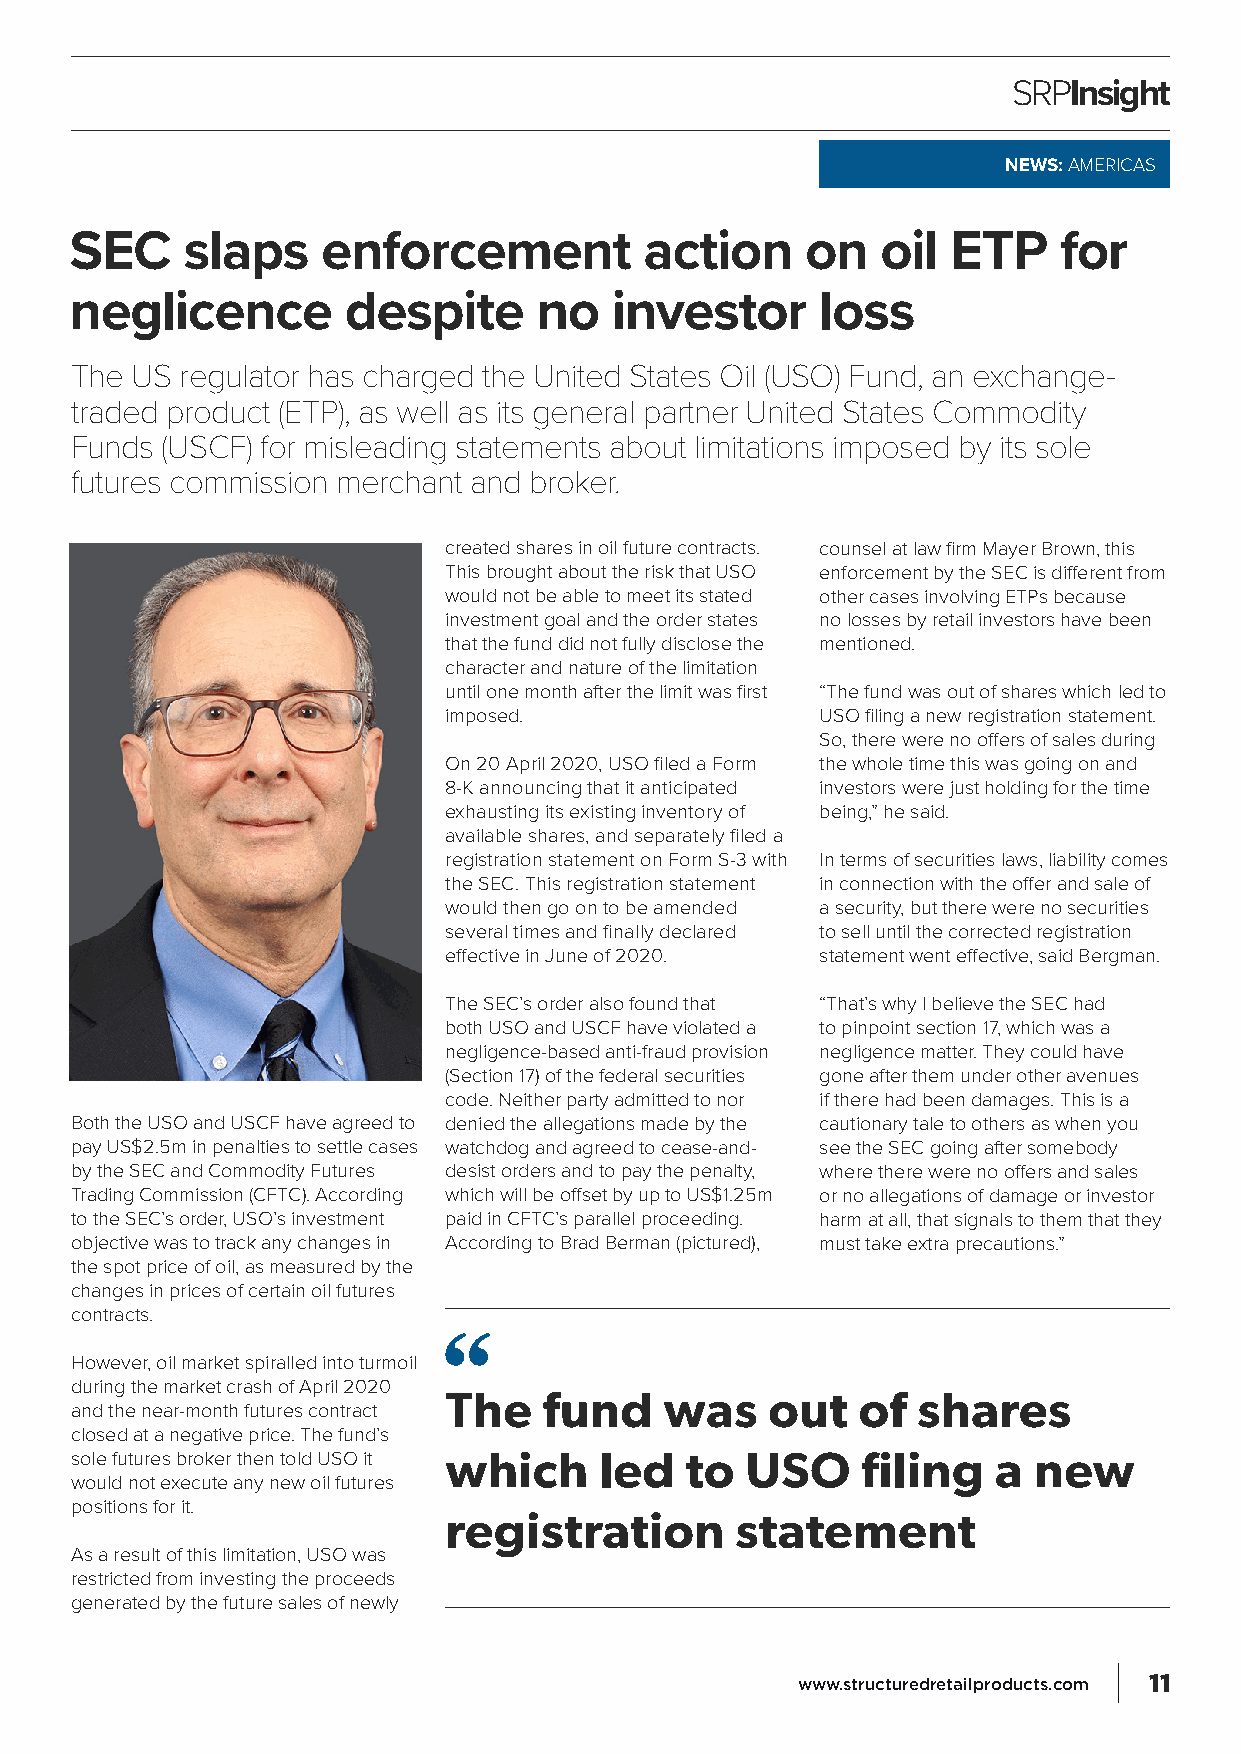
SRPInsight
 NEWS: AMERICAS
 SEC    slaps    enforcement           action    on   oil  ETP    for
 neglicence        despite      no  investor      loss
 The US regulator has charged the United States Oil (USO) Fund, an exchange-
 traded product (ETP), as well as its general partner United States Commodity
 Funds (USCF) for misleading statements about limitations imposed by its sole
 futures commission merchant and broker.
 created shares in oil future contracts. counsel at law firm Mayer Brown, this
 This brought about the risk that USO enforcement by the SEC is different from
 would not be able to meet its stated other cases involving ETPs because
 investment goal and the order states no losses by retail investors have been
 that the fund did not fully disclose the mentioned.
 character and nature of the limitation
 until one month after the limit was first “The fund was out of shares which led to
 imposed.                 USO filing a new registration statement.
 So, there were no offers of sales during
 On 20 April 2020, USO filed a Form the whole time this was going on and
 8-K announcing that it anticipated investors were just holding for the time
 exhausting its existing inventory of being,” he said.
 available shares, and separately filed a
 registration statement on Form S-3 with In terms of securities laws, liability comes
 the SEC. This registration statement in connection with the offer and sale of
 would then go on to be amended a security, but there were no securities
 several times and finally declared to sell until the corrected registration
 effective in June of 2020. statement went effective, said Bergman.
 The SEC’s order also found that “That’s why I believe the SEC had
 both USO and USCF have violated a to pinpoint section 17, which was a
 negligence-based anti-fraud provision negligence matter. They could have
 (Section 17) of the federal securities gone after them under other avenues
 code. Neither party admitted to nor if there had been damages. This is a
 Both the USO and USCF have agreed to denied the allegations made by the cautionary tale to others as when you
 pay US$2.5m in penalties to settle cases watchdog and agreed to cease-and- see the SEC going after somebody
 by the SEC and Commodity Futures desist orders and to pay the penalty, where there were no offers and sales
 Trading Commission (CFTC). According which will be offset by up to US$1.25m or no allegations of damage or investor
 to the SEC’s order, USO’s investment paid in CFTC’s parallel proceeding. harm at all, that signals to them that they
 objective was to track any changes in According to Brad Berman (pictured), must take extra precautions.”
 the spot price of oil, as measured by the
 changes in prices of certain oil futures
 contracts.
 However, oil market spiralled into turmoil
 during the market crash of April 2020
 The    fund    was    out   of  shares
 and the near-month futures contract
 closed at a negative price. The fund’s
 sole futures broker then told USO it which led to USO filing a new
 would not execute any new oil futures
 positions for it.
 registration        statement
 As a result of this limitation, USO was
 restricted from investing the proceeds
 generated by the future sales of newly
 www.structuredretailproducts.com 11